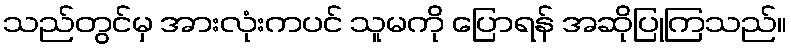
သည်တွင်မှ အားလုံးကပင် သူမကို ပြောရန် အဆိုပြုကြသည်။